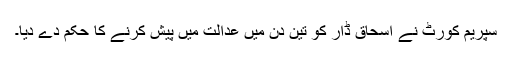
سپریم کورٹ نے اسحاق ڈار کو تین دن میں عدالت میں پیش کرنے کا حکم دے دیا۔